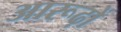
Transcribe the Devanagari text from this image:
आरूढ़ों